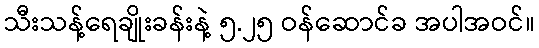
သီးသန့်ရေချိုးခန်းနဲ့ ၅.၂၅ ဝန်ဆောင်ခ အပါအဝင်။